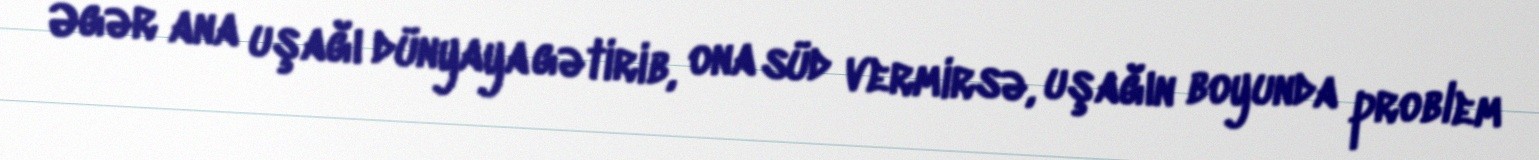
Əgər ana uşağı dünyaya gətirib, ona süd vermirsə, uşağın boyunda problem